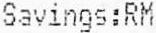
SAVINGS:RM